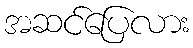
အဆင်ပြေလား